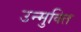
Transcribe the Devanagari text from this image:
उन्मुक्‍ति